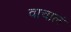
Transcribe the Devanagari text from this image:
वाचालं